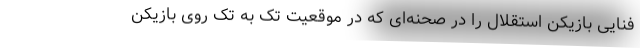
فنایی بازیکن استقلال را در صحنه‌ای که در موقعیت تک به تک روی بازیکن